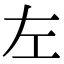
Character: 左